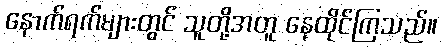
နောက်ရက်များတွင် သူတို့အတူ နေထိုင်ကြသည်။